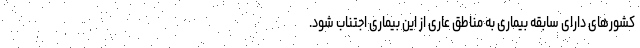
کشورهای دارای سابقه بیماری به مناطق عاری از این بیماری اجتناب شود.